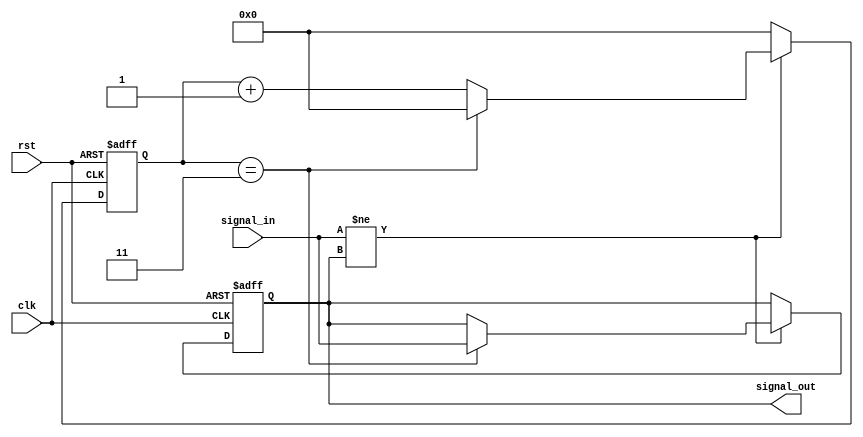
module vibrate(clk,rst,signal_in,signal_out);
   input clk,rst,signal_in;
	output reg signal_out=0;
	
	reg [7:0]count;
	parameter N=3;
	
always @(posedge clk or negedge rst)
   begin
	if(!rst)
	   begin
		count=0;
		signal_out=0;
		end
	else
	   begin
		if(signal_in!=signal_out)
		   begin
			if(count==N)
			   begin
				signal_out=signal_in;
				count=0;
				end
			else
			   begin
				count=count+1;
				end
			end
		else
		   begin
			count=0;
			end
		end
	end
endmodule